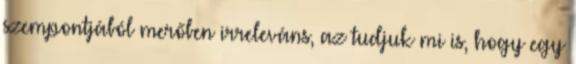
szempontjából merőben irreleváns, az tudjuk mi is, hogy egy